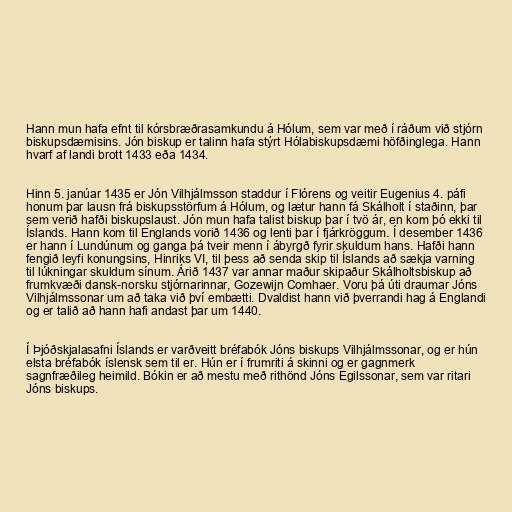
Hann mun hafa efnt til kórsbræðrasamkundu á Hólum, sem var með í ráðum við stjórn
biskupsdæmisins. Jón biskup er talinn hafa stýrt Hólabiskupsdæmi höfðinglega. Hann
hvarf af landi brott 1433 eða 1434.

Hinn 5. janúar 1435 er Jón Vilhjálmsson staddur í Flórens og veitir Eugenius 4. páfi
honum þar lausn frá biskupsstörfum á Hólum, og lætur hann fá Skálholt í staðinn, þar
sem verið hafði biskupslaust. Jón mun hafa talist biskup þar í tvö ár, en kom þó ekki til
Íslands. Hann kom til Englands vorið 1436 og lenti þar í fjárkröggum. Í desember 1436
er hann í Lundúnum og ganga þá tveir menn í ábyrgð fyrir skuldum hans. Hafði hann
fengið leyfi konungsins, Hinriks VI, til þess að senda skip til Íslands að sækja varning
til lúkningar skuldum sínum. Árið 1437 var annar maður skipaður Skálholtsbiskup að
frumkvæði dansk-norsku stjórnarinnar, Gozewijn Comhaer. Voru þá úti draumar Jóns
Vilhjálmssonar um að taka við því embætti. Dvaldist hann við þverrandi hag á Englandi
og er talið að hann hafi andast þar um 1440.

Í Þjóðskjalasafni Íslands er varðveitt bréfabók Jóns biskups Vilhjálmssonar, og er hún
elsta bréfabók íslensk sem til er. Hún er í frumriti á skinni og er gagnmerk
sagnfræðileg heimild. Bókin er að mestu með rithönd Jóns Egilssonar, sem var ritari
Jóns biskups.